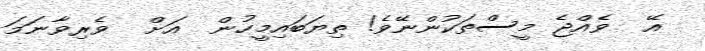
އޭ  ވެއްޖެ މީސްތަކުންނޭވެ! ތިޔަބައިމީހުން  އަށް  ވެރިވާނަމަ